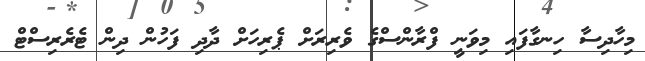
މިހާދިސާ ހިނގާފައި މިވަނީ ފްރާންސްގެ ވެރިރަށް ޕެރިހަށް ދާދި ފަހުން ދިން ޓެރެރިސްޓް